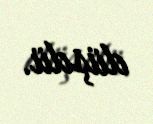
düşdü.